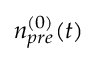
n _ { p r e } ^ { ( 0 ) } ( t )